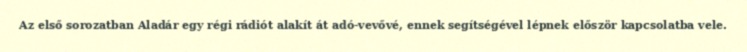
Az első sorozatban Aladár egy régi rádiót alakít át adó-vevővé, ennek segítségével lépnek először kapcsolatba vele.